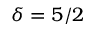
\delta = 5 / 2